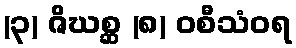
(၃) ဇိဃစ္ဆ (၈) ဝစီသံဝရ